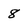
Character: 8